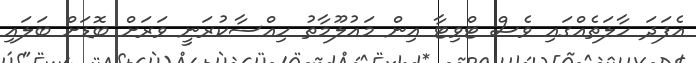
އެފަދަ ހާލަތެއްގައި ވެސް ޓްވިޓާ އިން މައުލޫމާތު ހިއްސާކުރަނީ ވަރަށް ބޮޑަށް ބަލައި